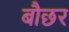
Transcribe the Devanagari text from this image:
बौछर